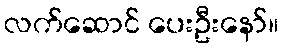
လက်ဆောင် ပေးဦးနော်။